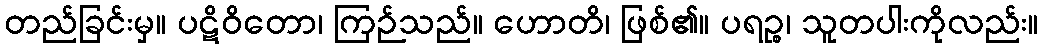
တည်ခြင်းမှ။ ပဋိဝိတော၊ ကြဉ်သည်။ ဟောတိ၊ ဖြစ်၏။ ပရဉ္စ၊ သူတပါးကိုလည်း။